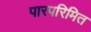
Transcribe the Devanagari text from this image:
पारपरिमित